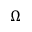
{ \Omega }